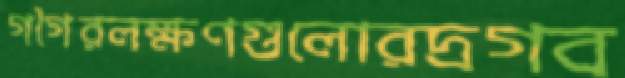
গগৈরলক্ষণগুলোরদ্রগব